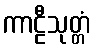
ကာဠီသုတ္တံ